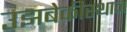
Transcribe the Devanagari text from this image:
उझबेकीस्थान